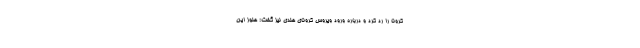
کرونا را رد کرد و درباره ورود ویروس کرونای هندی نیز گفت: هنوز این